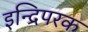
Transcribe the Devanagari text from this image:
इन्द्रिपरक